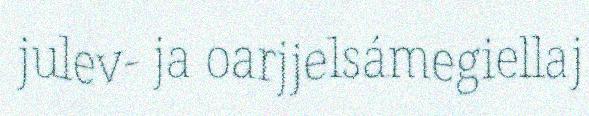
julev- ja oarjjelsámegiellaj